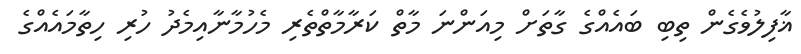
ޣާފިލުވެގެން ތިބި ބައެއްގެ ގާތަށް މިއަންނަ މާތް ކަރާމާތްތެރި މެހުމާނާއިމެދު ހުރި ހިތާމައެއްގެ